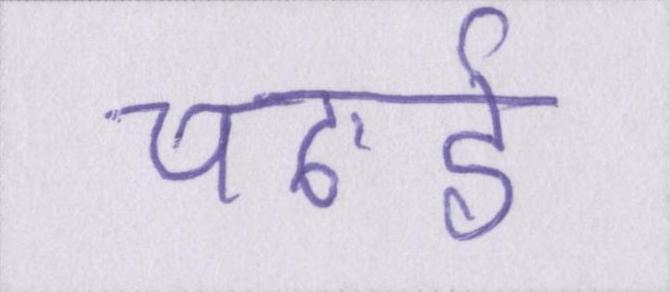
चढाई